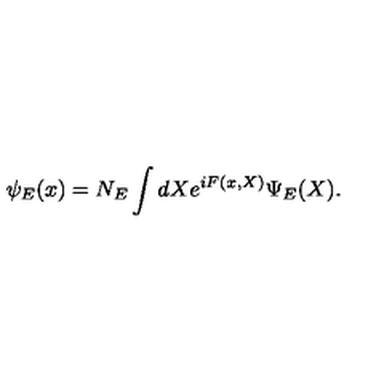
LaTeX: \psi _ { E } ( x ) = N _ { E } \int d X e ^ { i F ( x , X ) } \Psi _ { E } ( X ) .